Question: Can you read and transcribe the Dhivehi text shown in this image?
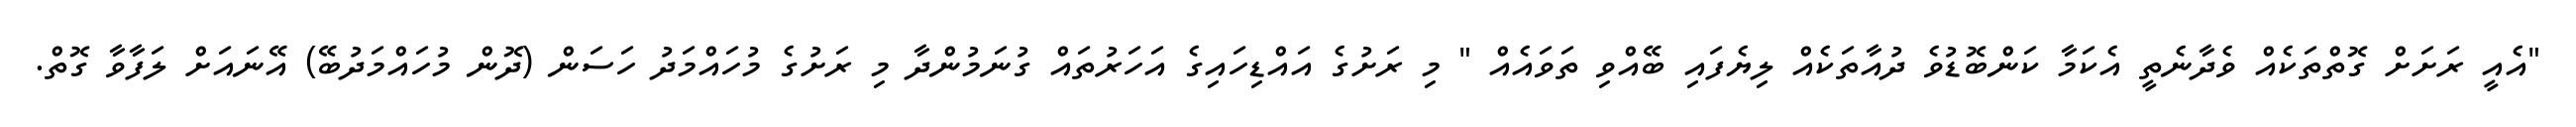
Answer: "އެއީ ރަށަށް ގޮތްތަކެއް ވެދާނެތީ އެކަމާ ކަންބޮޑުވެ ދުއާތަކެއް ލިޔެފައި ބޭއްވި ތަވައެއް " މި ރަށުގެ އައްޑިހައިގެ އަހަރުތައް ގުނަމުންދާ މި ރަށުގެ މުހައްމަދު ހަސަން (ދޮން މުހައްމަދުބޭ) އޭނައަށް ލަފާވާ ގޮތް.